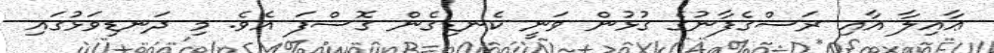
ޢާއިލާ އާއި ރަސްގެފާނުގެ ގުޅުން ވަނީ ކެނޑިގެން ގޮސްފަ އެވެ. މި ދަނޑިވަޅުގައި